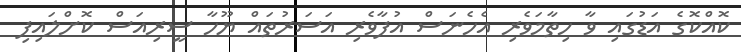
ކޮއްކޮގެ އަޑުގައި ވާ ހިތާމަވެރި އެހެނަސް އުފާވެރި އަސަރުތައް ޔޫހާ ސީރިއަސް ކޮށްލައިފި